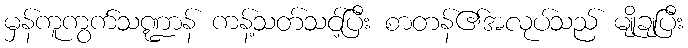
မှန်ကူကွက်သဏ္ဍာန် ကန့်သတ်သင့်ပြီး စာတန်၏အလုပ်သည် မျိုချပြီး